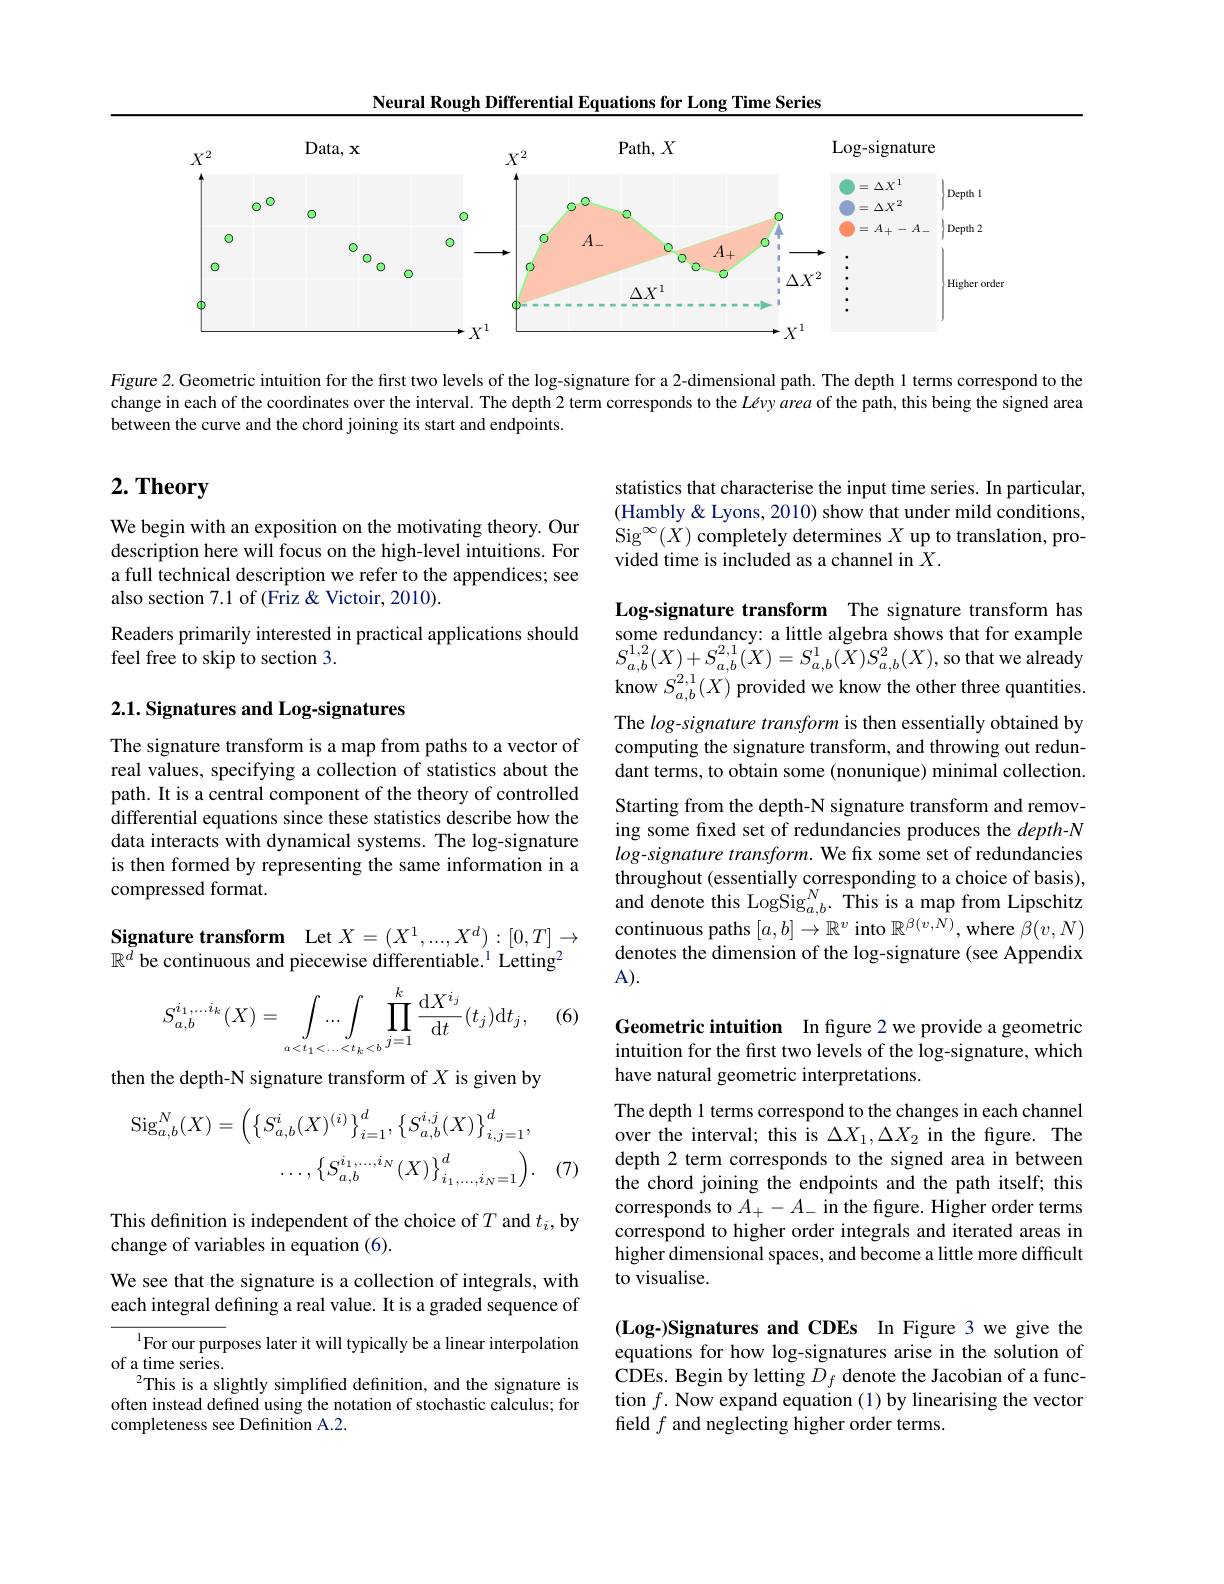
Neural Rough Differential Equations for Long Time Series

<FigureHere>

Figure 2. Geometric intuition for the first two levels of the log-signature for a 2-dimensional path. The depth 1 terms correspond to the change in each of the coordinates over the interval. The depth 2 term corresponds to the Lévyarea of the path, this being the signed area between the curve and the chord joining its start and endpoints.

# $2. \textbf{Theory}$

statistics that characterise the input time series. In particular, (Hambly& Lyons, 2010) show that under mild conditions, Sig$^\infty(X)$ completely determines $X$ up to translation, provided time is included as a channel in $X.$

We begin with an exposition on the motivating theory. Our description here will focus on the high-level intuitions. For a full technical description we refer to the appendices; see also section 7.1 of (Friz & Victoir, 2010).

Readers primarily interested in practical applications should
feel free to skip to section 3.

Log-signature transform The signature transform has some redundancy: a little algebra shows that for example $S_{a,b}^{1,2}(X)+S_{a,b}^{2,1}(X)=S_{a,b}^{1}(X)S_{a,b}^{2}(X)$,so that we already know $S_{a,b}^{2,1}(X)$ provided we know the other three quantities.

# 2.1. Signatures and Log-signatures

The log-signature transform is then essentially obtained by computing the signature transform, and throwing out redundant terms, to obtain some (nonunique) minimal collection.

The signature transform is a map from paths to a vector of real values, specifying a collection of statistics about the path. It is a central component of the theory of controlled differential equations since these statistics describe how the data interacts with dynamical systems. The log-signature is then formed by representing the same information in a compressed format.

Starting from the depth-N signature transform and removing some fixed set of redundancies produces the $depth-N$ log-signature transform. We fix some set of redundancies throughout (essentially corresponding to a choice of basis), and denote this LogSig$_{a,b}^{N}.$ This is a map from Lipschitz continuous paths $[a,b]\to\mathbb{R}^v$ into $\mathbb{R}^{\beta(v,\hat{N})}$,where $\hat{\beta}(v,N)$ denotes the dimension of the log-signature (see Appendix A(A).

Signature transform Let $X=(X^1,...,X^d):[0,T]\to$
$\mathbb{R}^{\bar{d}}$ be continuous and piecewise differentiable.$^1$ Letting$^2$

(6)
$$S_{a,b}^{i_1,\dots i_k}(X)=\int\limits_{a<t_1<\dots<t_k<b}\prod\limits_{j=1}^{k}\frac{\mathrm{d}X^{i_j}}{\mathrm{d}t}(t_j)\mathrm{d}t_j,$$
Geometric intuition In fgure 2 we provide a geometric intuition for the first two levels of the log-signature, which have natural geometric interpretations.

then the depth-N signature transform of $X$ is given by
$$\begin{aligned}\mathrm{Sig}_{a,b}^{N}(X)&=\left(\left\{S_{a,b}^{i}(X)^{(i)}\right\}_{i=1}^{d},\left\{S_{a,b}^{i,j}(X)\right\}_{i,j=1}^{d},\\&\ldots,\left\{S_{a,b}^{i_{1},\ldots,i_{N}}\left(X\right)\right\}_{i_{1},\ldots,i_{N}=1}^{d}\right).\end{aligned}$$
(7)

The depth 1 terms correspond to the changes in each channel over the interval; this is $\Delta X_1,\Delta X_2$ in the figure. The depth 2 term corresponds to the signed area in between the chord joining the endpoints and the path itself; this corresponds to $\tilde{A}_+-A_-$ in the figure. Higher order terms correspond to higher order integrals and iterated areas in higher dimensional spaces, and become a little more difficult to visualise.

This definition is independent of the choice of $T$ and $t_i$,by
change of variables in equation (6).

We see that the signature is a collection of integrals, with each integral defining a real value. It is a graded sequence of
$^{1}$For our purposes later it will typically be a linear interpolation
of a time series.
$^2$This is a slightly simplified definition, and the signature is often instead defined using the notation of stochastic calculus; for completeness see Definition A.2.

(Log-)Signatures and CDEs In Figure 3 we give the equations for how log-signatures arise in the solution of CDEs. Begin by letting $D_f$ denote the Jacobian of a function $f.$ Now expand equation (1) by linearising the vector field $f$ and neglecting higher order terms.